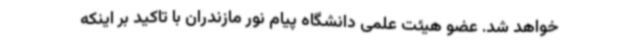
خواهد شد. عضو هیئت علمی دانشگاه پیام نور مازندران با تاکید بر اینکه